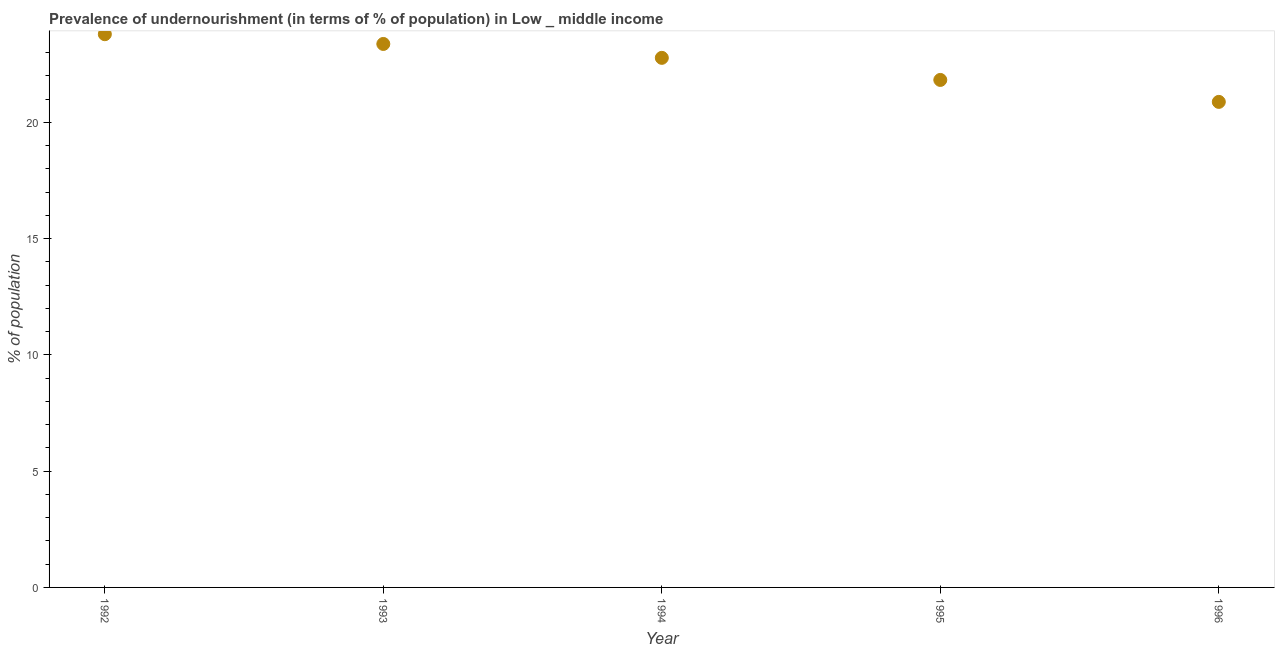
| Year | Prevalence of undernourishment |
 | --- | --- |
 | 1992 | 23.8 |
 | 1993 | 23.4 |
 | 1994 | 22.8 |
 | 1995 | 21.8 |
 | 1996 | 20.9 |